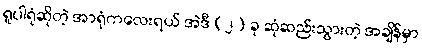
ရူပါရုံဆိုတဲ့ အာရုံကလေးရယ် အဲဒီ (၂) ခု ဆုံဆည်းသွားတဲ့ အချိန်မှာ